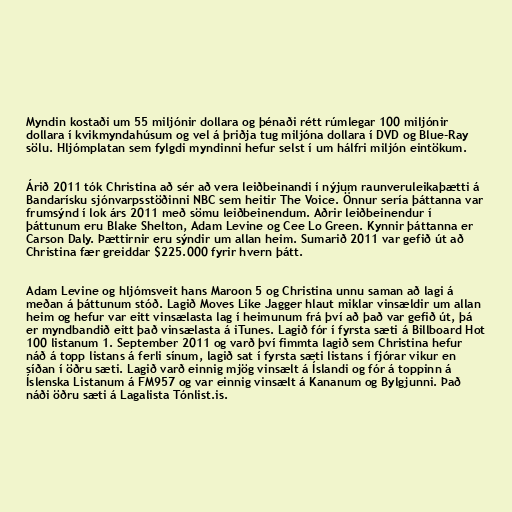
Myndin kostaði um 55 miljónir dollara og þénaði rétt rúmlegar 100 miljónir
dollara í kvikmyndahúsum og vel á þriðja tug miljóna dollara í DVD og Blue-Ray
sölu. Hljómplatan sem fylgdi myndinni hefur selst í um hálfri miljón eintökum.

Árið 2011 tók Christina að sér að vera leiðbeinandi í nýjum raunveruleikaþætti á
Bandarísku sjónvarpsstöðinni NBC sem heitir The Voice. Önnur sería þáttanna var
frumsýnd í lok árs 2011 með sömu leiðbeinendum. Aðrir leiðbeinendur í
þáttunum eru Blake Shelton, Adam Levine og Cee Lo Green. Kynnir þáttanna er
Carson Daly. Þættirnir eru sýndir um allan heim. Sumarið 2011 var gefið út að
Christina fær greiddar $225.000 fyrir hvern þátt.

Adam Levine og hljómsveit hans Maroon 5 og Christina unnu saman að lagi á
meðan á þáttunum stóð. Lagið Moves Like Jagger hlaut miklar vinsældir um allan
heim og hefur var eitt vinsælasta lag í heimunum frá því að það var gefið út, þá
er myndbandið eitt það vinsælasta á iTunes. Lagið fór í fyrsta sæti á Billboard Hot
100 listanum 1. September 2011 og varð því fimmta lagið sem Christina hefur
náð á topp listans á ferli sínum, lagið sat í fyrsta sæti listans í fjórar vikur en
síðan í öðru sæti. Lagið varð einnig mjög vinsælt á Íslandi og fór á toppinn á
Íslenska Listanum á FM957 og var einnig vinsælt á Kananum og Bylgjunni. Það
náði öðru sæti á Lagalista Tónlist.is.